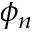
\phi _ { n }